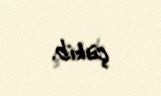
çəkib.